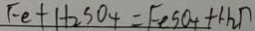
F e + H _ { 2 } S O _ { 4 } = F e S O _ { 4 } + H _ { 2 } \uparrow